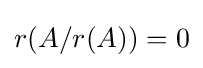
r(A/r(A))=0